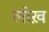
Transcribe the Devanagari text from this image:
लोख़